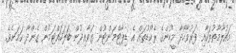
މައުލޫމާތުތަކާއި ފަރުވާހޯދާ މީހުންގެ ރެކޯޑުތައް އެ ޑިޕާޓްމަންޓުން ގަވާއިދުން ބަލަހައްޓަމުން ގެންދާ ކަމަށެވެ.